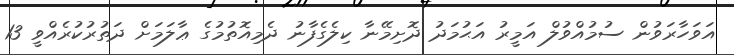
އަވަހާރަވުން ސުމުއްވުލް އަމީރު އަޙުމަދު ދޮށިމޭނާ ކިލެގެފާނު ދެމިއޮތުމުގެ ޢާލަމަށް ދަތުރުކުރެއްވީ 13